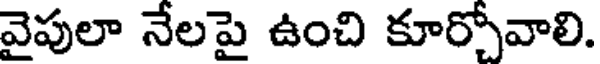
వైపులా నేలపై ఉంచి కూర్చోవాలి.